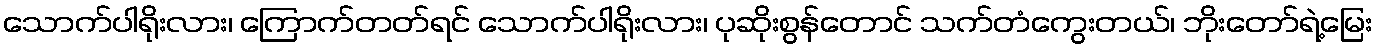
သောက်ပါရိုးလား၊ ကြောက်တတ်ရင် သောက်ပါရိုးလား၊ ပုဆိုးစွန်တောင် သက်တံကွေးတယ်၊ ဘိုးတော်ရဲ့မြေး